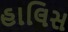
હાલિસ